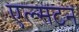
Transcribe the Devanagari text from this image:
एल्सटन